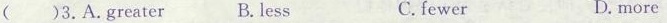
( )3.A.Greater B.Less C.fewer D.more